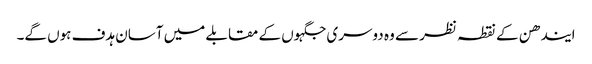
ایندھن کے نقطہ نظر سے وہ دوسری جگہوں کے مقابلے میں آسان ہدف ہوں گے۔